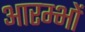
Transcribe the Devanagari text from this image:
आरम्भों